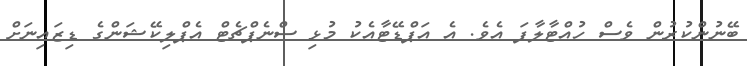
ބޭނުންކުރުން ވެސް ހުއްޓާލާފަ އެވެ. އެ އަޕްޑޭޓާއެކު މުޅި ސްނެޕްޗެޓް އެޕްލިކޭޝަންގެ ޑިޒައިނަށް